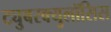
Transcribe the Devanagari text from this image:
ट्युुबरक्युलॉसिस